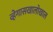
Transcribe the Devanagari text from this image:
व्हेगासखालोखाल